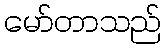
မော်တာသည်